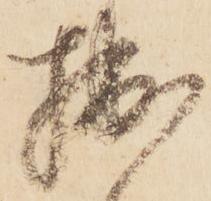
拙